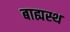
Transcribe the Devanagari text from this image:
बाह्यस्थ